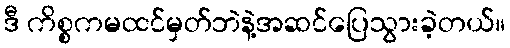
ဒီ ကိစ္စကမထင်မှတ်ဘဲနဲ့အဆင်ပြေသွားခဲ့တယ်။